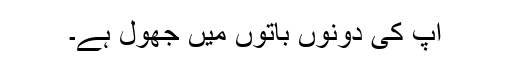
آپ کی دونوں باتوں میں جھول ہے۔